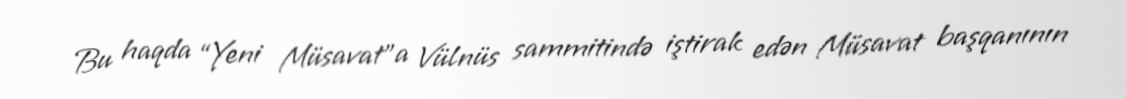
Bu haqda “Yeni Müsavat”a Vülnüs sammitində iştirak edən Müsavat başqanının